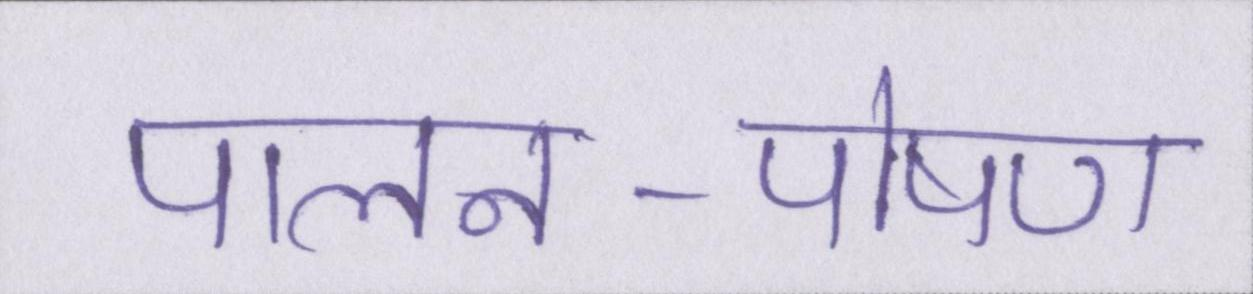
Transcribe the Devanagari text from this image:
पालन-पोषण